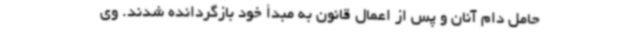
حامل دام آنان و پس از اعمال قانون به مبدأ خود بازگردانده شدند. وی